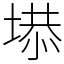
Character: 塨